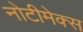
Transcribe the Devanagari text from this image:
नोटीमेक्स